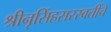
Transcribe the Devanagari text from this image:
श्रीनृसिंहसरस्वतींचे